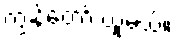
ကျွန်တော် ယူမယ်။